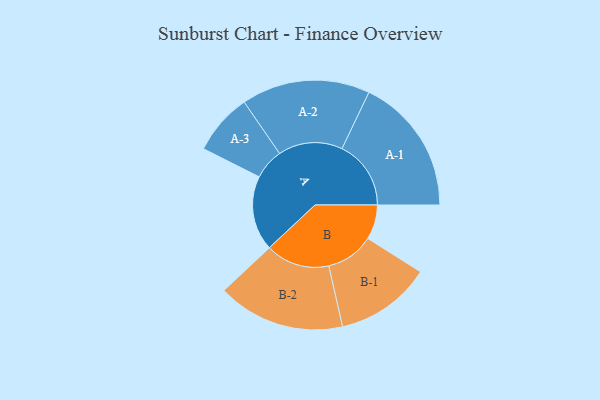
{"axis": {"x": "Segment", "y": "Value"}, "legend": ["", "A", "B"], "data": [{"x": "A", "y": 307, "type": ""}, {"x": "B", "y": 142, "type": ""}, {"x": "A-1", "y": 283, "type": "A"}, {"x": "A-2", "y": 264, "type": "A"}, {"x": "A-3", "y": 126, "type": "A"}, {"x": "B-1", "y": 197, "type": "B"}, {"x": "B-2", "y": 262, "type": "B"}]}